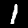
Label: 1